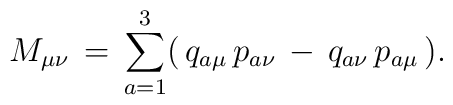
M_{\mu \nu}\,=\,\sum_{a=1}^{3}(\,q_{a\mu}\,p_{a\nu }\,-\,q_{a\nu }\,p_{a\mu}\,).